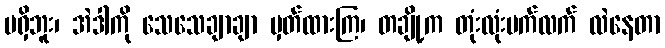
မရှိဘူး၊ အဲဒါကို သေသေချာချာ မှတ်ထားကြ၊ တချို့က တုံးလုံးပက်လက် လဲနေတာ